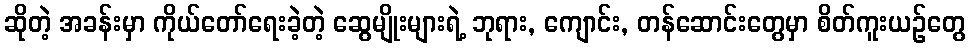
ဆိုတဲ့ အခန်းမှာ ကိုယ်တော်ရေးခဲ့တဲ့ ဆွေမျိုးများရဲ့ ဘုရား, ကျောင်း, တန်ဆောင်းတွေမှာ စိတ်ကူးယဉ်တွေ